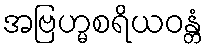
အဗြဟ္မစရိယဝန္တံ